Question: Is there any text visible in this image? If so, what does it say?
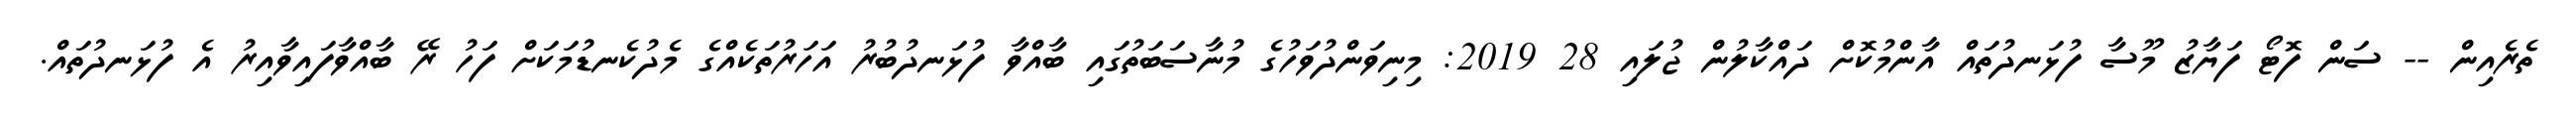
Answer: ތެރެއިން -- ސަން ފޮޓޯ ފަޔާޒު މޫސާ ފުޅަނދުތައް އާންމުކޮށް ދައްކާލުން ޖުލައި 28 2019: މިނިވަންދުވަހުގެ މުނާސަބަތުގައި ބާއްވާ ފުޅަނދުބުރު އަހަރުތަކެއްގެ މެދުކެނޑުމަކަށް ފަހު ރޭ ބާއްވާފައިވާއިރު އެ ފުޅަނދުތައް.